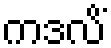
ကဒလိံ